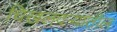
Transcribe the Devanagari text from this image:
चिखलदऱ्यातील